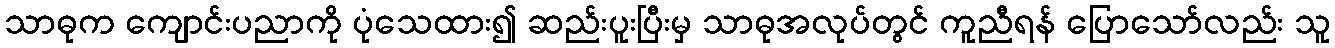
သာဓုက ကျောင်းပညာကို ပုံသေထား၍ ဆည်းပူးပြီးမှ သာဓုအလုပ်တွင် ကူညီရန် ပြောသော်လည်း သူ